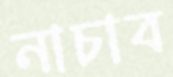
নাচাব